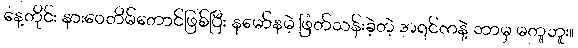
နေ့တိုင်း နားဝေတိမ်တောင်ဖြစ်ပြီး နမော်နမဲ့ ဖြတ်သန်းခဲ့တဲ့ အရင်ကနဲ့ ဘာမှ မတူဘူး။